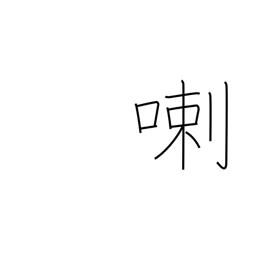
Meaning: rattle on